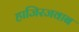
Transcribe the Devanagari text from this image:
हाजिरजवाब